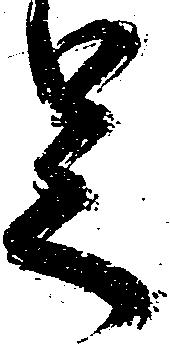
足